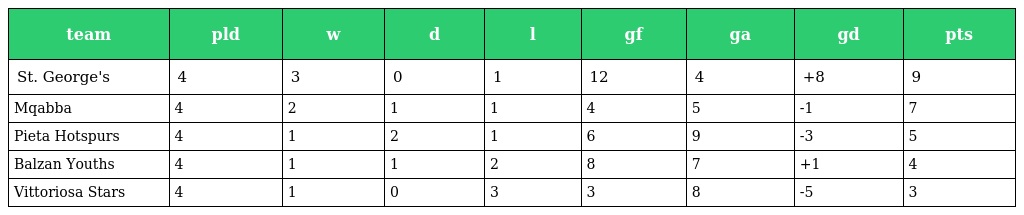
| team | pld | w | d | l | gf | ga | gd | pts |
 | --- | --- | --- | --- | --- | --- | --- | --- | --- |
 | St. George's | 4 | 3 | 0 | 1 | 12 | 4 | +8 | 9 |
 | Mqabba | 4 | 2 | 1 | 1 | 4 | 5 | -1 | 7 |
 | Pieta Hotspurs | 4 | 1 | 2 | 1 | 6 | 9 | -3 | 5 |
 | Balzan Youths | 4 | 1 | 1 | 2 | 8 | 7 | +1 | 4 |
 | Vittoriosa Stars | 4 | 1 | 0 | 3 | 3 | 8 | -5 | 3 |